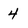
Character: 4